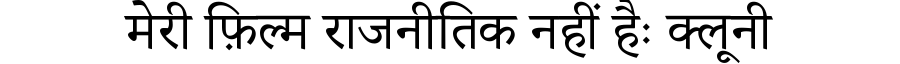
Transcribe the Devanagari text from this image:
मेरी फ़िल्म राजनीतिक नहीं हैः क्लूनी